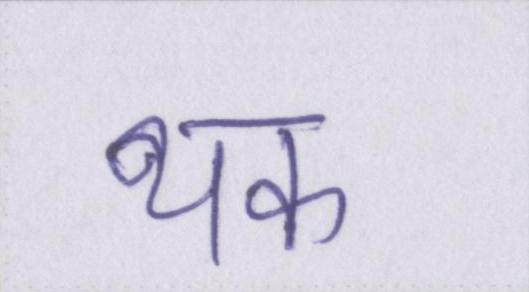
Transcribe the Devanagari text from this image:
थक